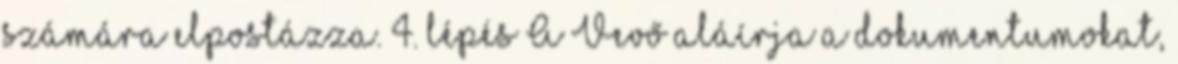
számára elpostázza. 4. lépés A Vevő aláírja a dokumentumokat,